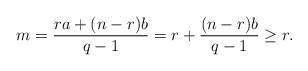
\begin{align*} m = \frac{ra + (n-r)b}{q-1} = r + \frac{(n-r)b}{q-1} \geq r. \end{align*}